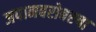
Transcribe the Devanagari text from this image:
जपानबरोबरचा